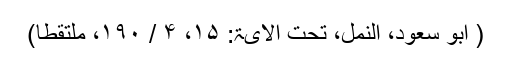
( ابو سعود، النمل، تحت الآیۃ: ۱۵، ۴ / ۱۹۰، ملتقطاً)